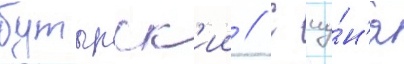
бутырск'ии // С иу́н'я